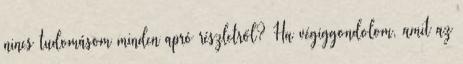
nincs tudomásom minden apró részletről? Ha végiggondolom, amit az